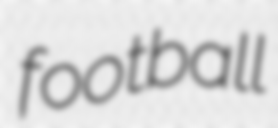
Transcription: football